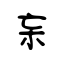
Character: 杗